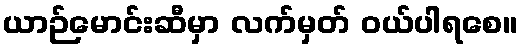
ယာဉ်မောင်းဆီမှာ လက်မှတ် ဝယ်ပါရစေ။